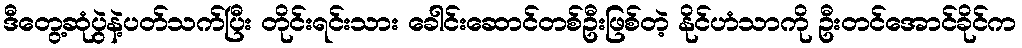
ဒီတွေ့ဆုံပွဲနဲ့ပတ်သက်ပြီး တိုင်းရင်းသား ခေါင်းဆောင်တစ်ဦးဖြစ်တဲ့ နိုင်ဟံသာကို ဦးတင်အောင်ခိုင်က